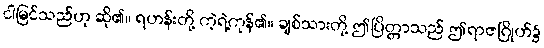
ငါမြင်သည်ဟု ဆို၏။ ရဟန်းတို့ ကဲ့ရဲ့ကုန်၏။ ချစ်သားတို့ ဤပြိတ္တာသည် ဤရာဇဂြိုဟ်၌